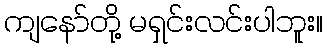
ကျနော်တို့ မရှင်းလင်းပါဘူး။